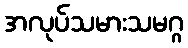
အလုပ်သမားသမဂ္ဂ